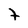
Character: 7